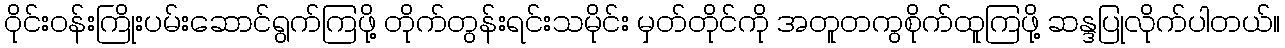
ဝိုင်းဝန်းကြိုးပမ်းဆောင်ရွက်ကြဖို့ တိုက်တွန်းရင်းသမိုင်း မှတ်တိုင်ကို အတူတကွစိုက်ထူကြဖို့ ဆန္ဒပြုလိုက်ပါတယ်။